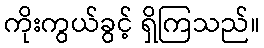
ကိုးကွယ်ခွင့် ရှိကြသည်။